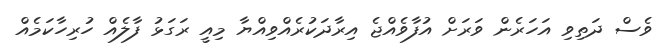
ވެސް ދަތިވި އަހަރެން ވަރަށް އުފާވެއްޖެ އިރާދަކުރެއްވިއްޔާ މިއީ ރަގަޅު ފާލެއް ހުރިހާކަމެއް